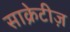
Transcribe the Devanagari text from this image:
साक्रेटीज़